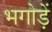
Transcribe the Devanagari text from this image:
भगोड़ें